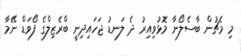
މި މެޗުން ބާސެލޯނާ މޮޅުވިއިރު ދެ ލަނޑު ޖަހައިދިނީ ބްރެޒިލްގެ ފޯވަޑް ނޭމާ